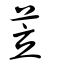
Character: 苙